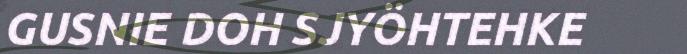
GUSNIE DOH SJYÖHTEHKE